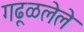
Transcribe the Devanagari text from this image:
गढूळलेले